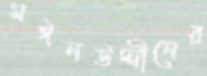
মঈনউদ্দীনের